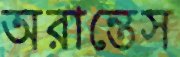
অরান্তেস